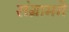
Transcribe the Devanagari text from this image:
संग्राममे